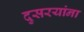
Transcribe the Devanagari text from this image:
दुसरयांना